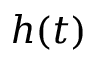
h ( t )